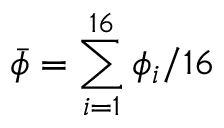
\bar { \phi } = \sum _ { i = 1 } ^ { 1 6 } \phi _ { i } / 1 6